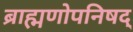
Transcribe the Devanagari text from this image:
ब्राह्मणोपनिषद्